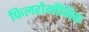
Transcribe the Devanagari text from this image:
फिलहोर्मोनिक